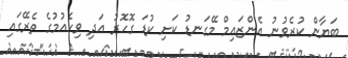
ބަޔާން ކުރެވުނު އެންޒައިމް މޭގަނޑު ކަށި ކުޑަ ގޮހޮރު އަދި ވިހެއުމުގެ ތެރޭގައި